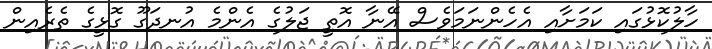
ހާލުކޮޅުގައި ކަމަށާއި އެހެންނަމަވެސް އޭނާ އޮތީ ޖަލުގެ އެންމެ އުނދަގޫ ގޮޅީގެ ތެރެއިން